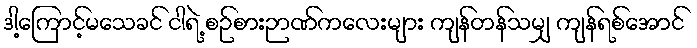
ဒါ့ကြောင့်မသေခင် ငါရဲ့ စဉ်စားဉာဏ်ကလေးများ ကျန်တန်သမျှ ကျန်ရစ်အောင်